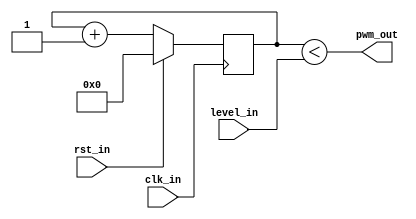
`timescale 1ns / 1ps
//////////////////////////////////////////////////////////////////////////////////
// Company: 
// Engineer: 
// 
// Design Name: 
// Module Name: pwm
// Project Name: 
// Target Devices: 
// Tool Versions: 
// Description: 
// 
// Dependencies: 
// 
// Revision:
// Revision 0.01 - File Created
// Additional Comments:
// 
//////////////////////////////////////////////////////////////////////////////////


//PWM generator for audio generation!
module pwm (input clk_in, input rst_in, input [7:0] level_in, output wire pwm_out);
    reg [7:0] count;
    assign pwm_out = count<level_in;
    always @(posedge clk_in)begin
        if (rst_in)begin
            count <= 8'b0;
        end else begin
            count <= count+8'b1;
        end
    end
endmodule